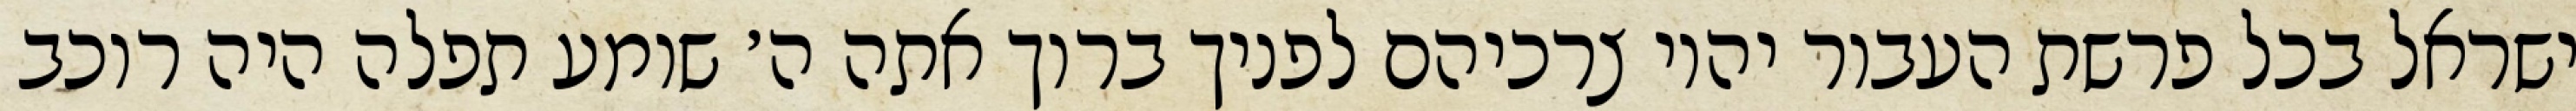
ישראל בכל פרשת העבור יהיו צרכיהם לפניך ברוך אתה ה׳ שומע תפלה היה רוכב